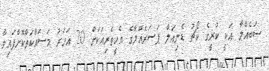
ސަބެއްލާ އަކީ ކުރީގެ ކޯޗު ޑެނިއަލް ޕަސަރެއްލާގެ އެހީތެރިއަކަށް 20 އަހަރު މަސައްކަތްކޮށްފައިވާ